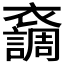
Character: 𧞴